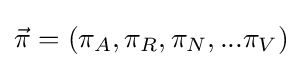
{\vec {\pi }}=(\pi _{A},\pi _{R},\pi _{N},...\pi _{V})